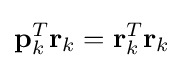
\mathbf {p} _{k}^{T}\mathbf {r} _{k}=\mathbf {r} _{k}^{T}\mathbf {r} _{k}